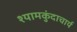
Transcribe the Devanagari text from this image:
श्यामकुंदाचार्य